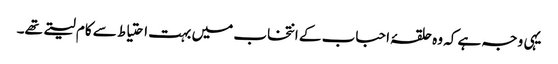
یہی وجہ ہے کہ وہ حلقۂ احباب کے انتخاب میں بہت احتیاط سے کام لیتے تھے۔